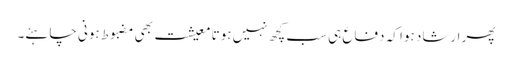
پھر ارشاد ہوا کہ دفاع ہی سب کچھ نہیں ہوتا معیشت بھی مضبوط ہونی چاہئے۔